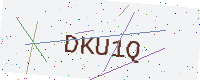
Text: DKU1Q